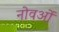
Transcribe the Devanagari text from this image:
नोवओं